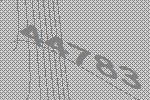
44783